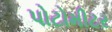
પોટોમીટર